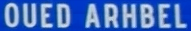
OUED ARHBEL